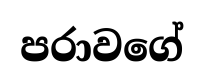
පරාවගේ